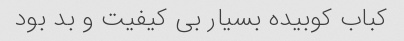
کباب کوبیده بسیار بی کیفیت و بد بود